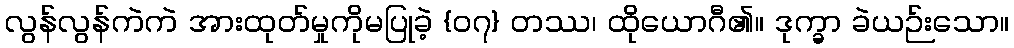
လွန်လွန်ကဲကဲ အားထုတ်မှုကိုမပြုခဲ့ {၀၇} တဿ၊ ထိုယောဂီ၏။ ဒုက္ခာ ခဲယဉ်းသော။